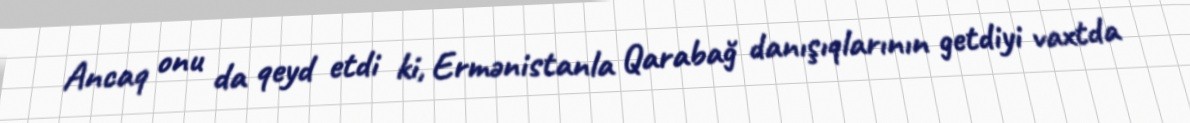
Ancaq onu da qeyd etdi ki, Ermənistanla Qarabağ danışıqlarının getdiyi vaxtda